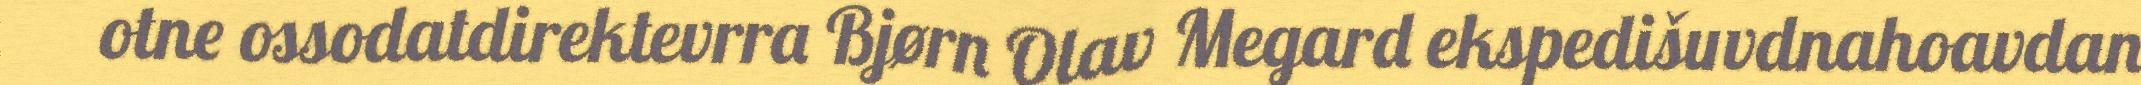
otne ossodatdirektevrra Bjørn Olav Megard ekspedišuvdnahoavdan